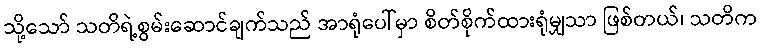
သို့သော် သတိရဲ့စွမ်းဆောင်ချက်သည် အာရုံပေါ်မှာ စိတ်စိုက်ထားရုံမျှသာ ဖြစ်တယ်၊ သတိက